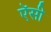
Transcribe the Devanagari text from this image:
ऍसी